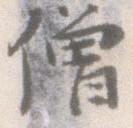
僧